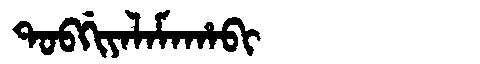
Manchu: ᡨᠣᠪᡤᡳᠶᠠᠯᠠᠮᠠᡥᠠᠪᡳ
Romanization: TOBGIYALAMAHABI